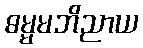
ဓမ္မမဘိညာယ